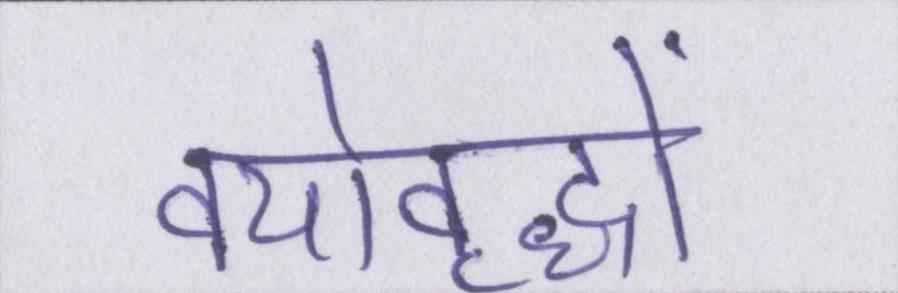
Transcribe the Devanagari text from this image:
वयोवृद्धों